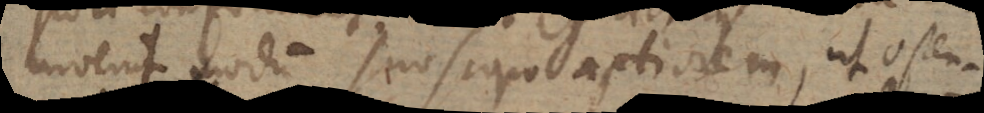
invenit modum suo scopo aptiorem, ut osten-